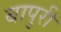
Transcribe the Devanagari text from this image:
बापुरी